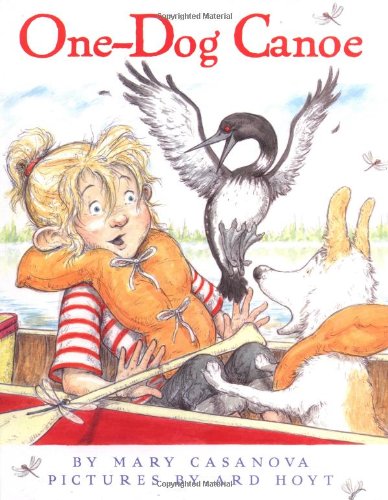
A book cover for One-Dog Canoe; Mary Casanova; Sports & Outdoors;